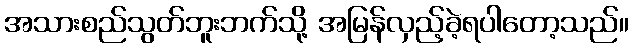
အသားစည်သွတ်ဘူးဘက်သို့ အမြန်လှည့်ခဲ့ရပါတော့သည်။